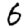
Digit: 6